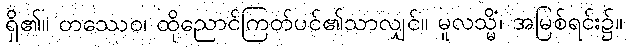
ရှိ၏။ တဿေဝ၊ ထိုညောင်ကြတ်ပင်၏သာလျှင်။ မူလသ္မိံ၊ အမြစ်ရင်း၌။